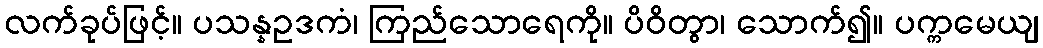
လက်ခုပ်ဖြင့်။ ပသန္နဥဒကံ၊ ကြည်သောရေကို။ ပိဝိတွာ၊ သောက်၍။ ပက္ကမေယျ